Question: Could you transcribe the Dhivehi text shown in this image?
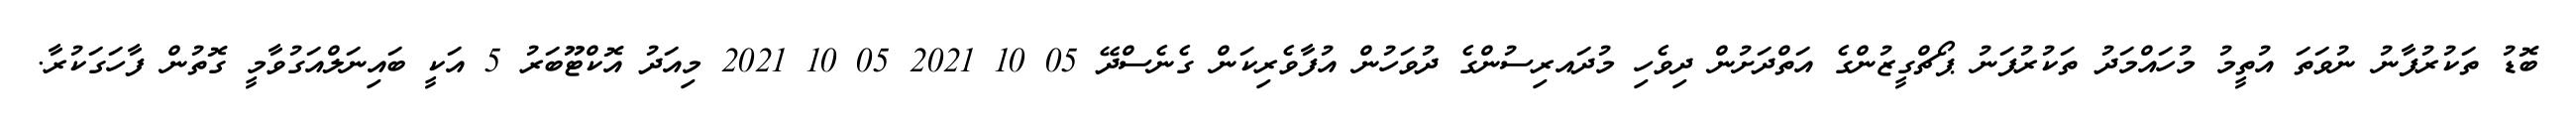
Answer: ބޮޑު ތަކުރުފާނު ނުވަތަ އުތީމު މުހައްމަދު ތަކުރުފަނު ޕޯޗްގީޒުންގެ އަތްދަށުން ދިވެހި މުދައރިސުންގެ ދުވަހުން އުފާވެރިކަން ގެނެސްދޭ 05 10 2021 05 10 2021 މިއަދު އޮކްޓޫބަރު 5 އަކީ ބައިނަލްއަގުވާމީ ގޮތުން ފާހަގަކުރާ.